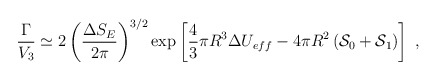
\begin{align*}\frac{\Gamma}{V_3} \simeq 2\left(\frac{\Delta S_E}{2\pi}\right)^{3/2}\exp\left[\frac{4}{3}\pi R^3\Delta U_{eff}-4\pi R^2\left({\cal S}_0+{\cal S}_1\right)\right] \;,\end{align*}